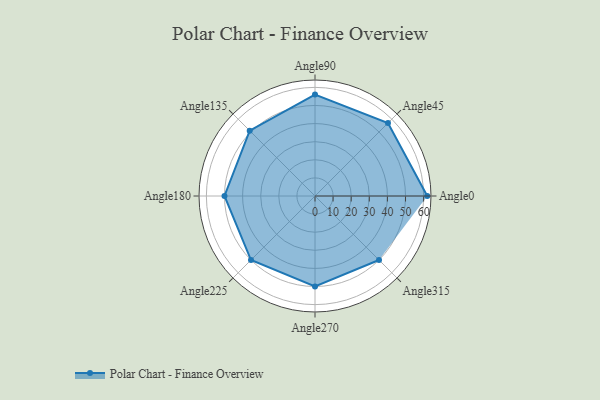
{"axis": {"x": "Angle", "y": "Radius"}, "legend": [""], "data": [{"x": "Angle0", "y": 62.0, "type": ""}, {"x": "Angle45", "y": 57.0, "type": ""}, {"x": "Angle90", "y": 56.0, "type": ""}, {"x": "Angle135", "y": 51.0, "type": ""}, {"x": "Angle180", "y": 50, "type": ""}, {"x": "Angle225", "y": 50, "type": ""}, {"x": "Angle270", "y": 50, "type": ""}, {"x": "Angle315", "y": 50, "type": ""}]}